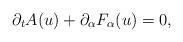
LaTeX: \begin{align*}\begin{aligned}\partial_t A(u) + \partial_\alpha F_\alpha (u) = 0,\end{aligned}\end{align*}